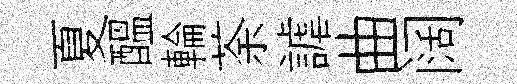
夏醖輪荼謔曲阔